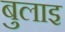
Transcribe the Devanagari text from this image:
बुलाइ